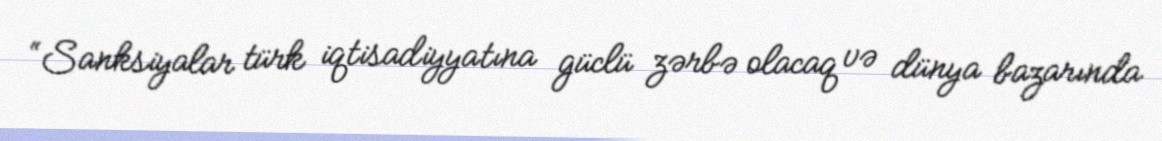
“Sanksiyalar türk iqtisadiyyatına güclü zərbə olacaq və dünya bazarında